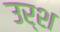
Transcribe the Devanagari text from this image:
उर्श